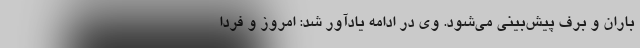
باران و برف ‌پیش‌بینی می‌شود. وی در ادامه یادآور شد: امروز و فردا